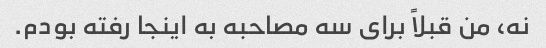
نه، من قبلاً برای سه مصاحبه به اینجا رفته بودم.